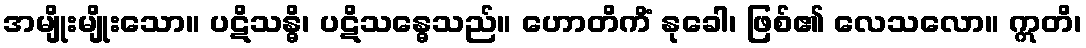
အမျိုးမျိုးသော။ ပဋိသန္ဓိ၊ ပဋိသန္ဓေသည်။ ဟောတိကိံ နုခေါ၊ ဖြစ်၏ လေသလော။ ဣတိ၊